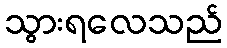
သွားရလေသည်